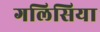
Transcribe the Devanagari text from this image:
गलिसिया